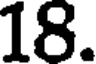
18.